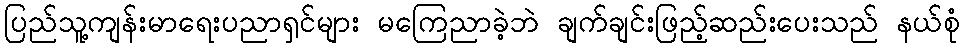
ပြည်သူ့ကျန်းမာရေးပညာရှင်များ မကြေညာခဲ့ဘဲ ချက်ချင်းဖြည့်ဆည်းပေးသည် နယ်စုံ